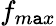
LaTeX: f_{m\mathtt{a}x}